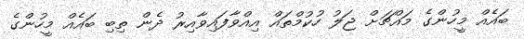
ބައެއް މީހުންގެ މައްޗަށް ޖަލު ހުކުމްތައް އިއްވާފައިވާއިރު ދެން ތިބި ބައެއް މީހުންގެ